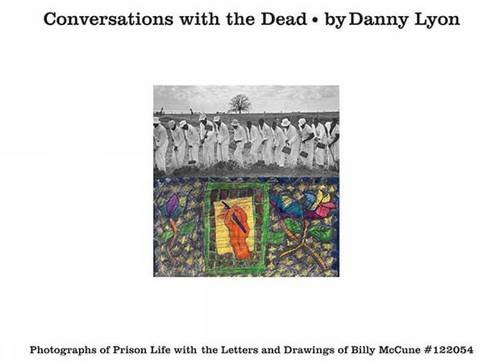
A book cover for Conversations with the Dead; Arts & Photography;